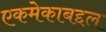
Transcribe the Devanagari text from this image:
एकमेकाबद्दल